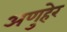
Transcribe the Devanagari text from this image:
अणुहेर